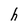
Character: h